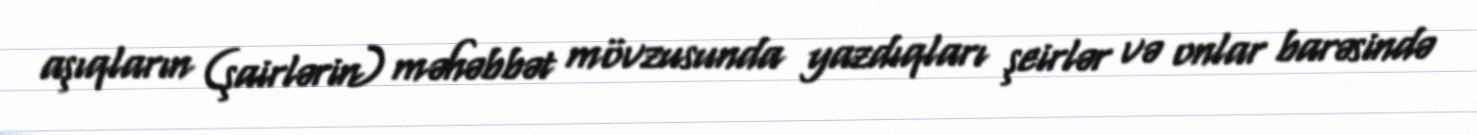
aşıqların (şairlərin) məhəbbət mövzusunda yazdıqları şeirlər və onlar barəsində